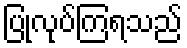
ပြုလုပ်ကြရသည်